Regulations for the medical services of the Army of India
Year: 1930
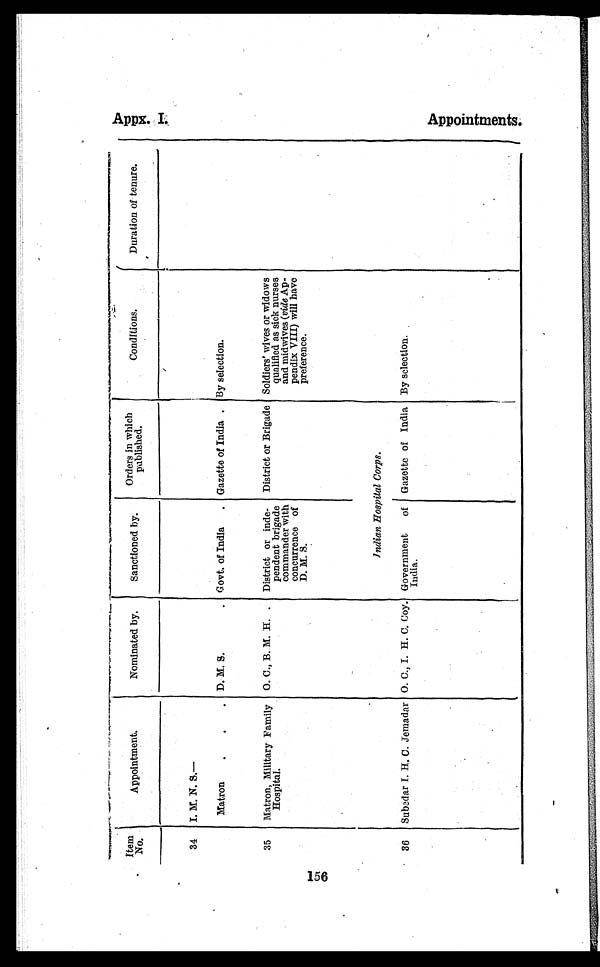
156
Item
No.
Appointment.
Nominated by.
Sanctioned by.
Orders in which
published.
Conditions.
Duration of tenure.
34
I. M. N. S.
Matron
D. M. S.
Govt. of India
Gazette of India . By selection.
35
Matron, Military Family
Hospital.
O. C., B. M. H.
District or inde-
pendent brigade
commander with
concurrence of
D. M. S.
District or Brigade Soldiers' wives or widows
qualified as sick nurses
and midwives (vide Ap-
pendix VIII) will have
preference.
Indian Hospital Corps.
36
Subedar I. H. C. Jemadar O. C., I. H. C. Coy. Government of
India.
Gazette of India By selection.
.
Appx. .I
Ap p o i n t me n t s .